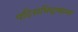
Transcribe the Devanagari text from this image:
पटिसभिदामग्ग